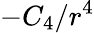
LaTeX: -C_{4}/r^{4}